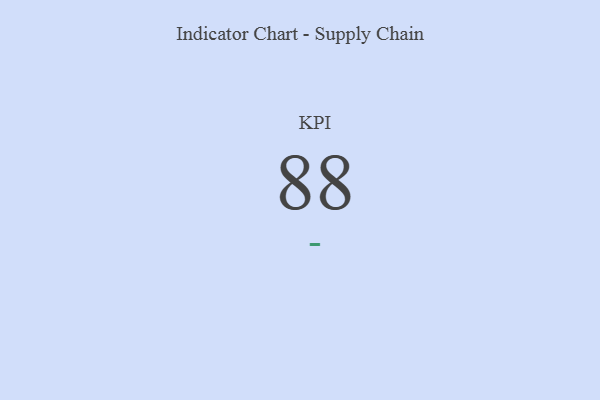
{"axis": {"x": "KPI", "y": "Value"}, "legend": [""], "data": [{"x": "KPI", "y": 88, "type": ""}]}